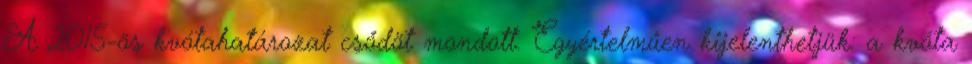
A 2015-ös kvótahatározat csődöt mondott. Egyértelműen kijelenthetjük: a kvóta